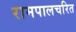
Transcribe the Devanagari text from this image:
रामपालचरित